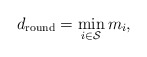
\begin{align*}d_{{\textrm{round}}} = \mathop {\min }\limits_{i \in {\cal S}} m_i,\end{align*}